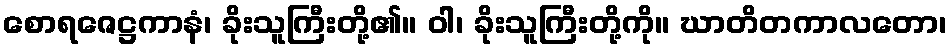
စောရဇေဋ္ဌကာနံ၊ ခိုးသူကြီးတို့၏။ ဝါ၊ ခိုးသူကြီးတို့ကို။ ဃာတိတကာလတော၊